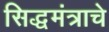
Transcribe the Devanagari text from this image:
सिद्धमंत्राचे